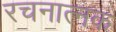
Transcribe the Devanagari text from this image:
रचनात्नक